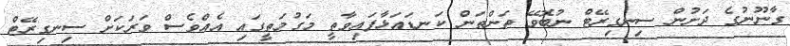
ގާނޫނުގެ ދަށުން ސިނގިރޭޓް ނުބޮވޭ ތަންތަން ކަނޑައަޅާފައިވާތީ މަގުމަތީގައި އެއްވެސް ވަރަކަށް ސިނގިރޭޓް